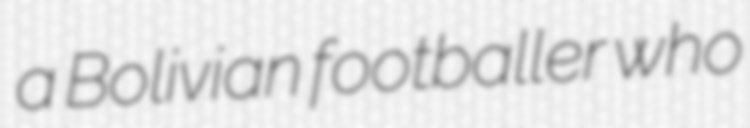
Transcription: a Bolivian footballer who